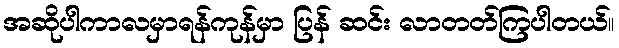
အဆိုပါကာလမှာရန်ကုန်မှာ ပြန် ဆင်း လာတတ်ကြပါတယ်။